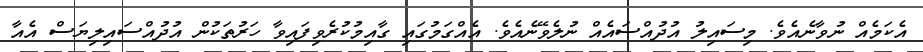
އެކަމެއް ނުވާނެއެވެ. މިސައިލު އުދުއްސައެއް ނުލެވޭނެއެވެ. އެއްގަމުގައި ގާއިމުކުރެވިފައިވާ ހަރުތަކުން އުދުއްސައިލިޔަސް އެއާ